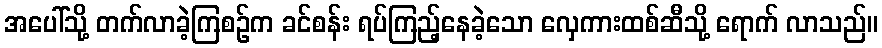
အပေါ်သို့ တက်လာခဲ့ကြစဉ်က ခင်စန်း ရပ်ကြည့်နေခဲ့သော လှေကားထစ်ဆီသို့ ရောက် လာသည်။